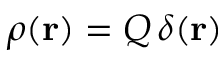
\rho ( { \bf r } ) = Q \, \delta ( { \bf r } )